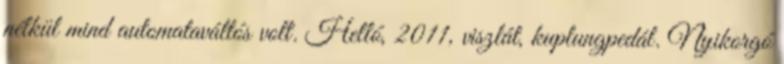
nélkül mind automataváltós volt. Helló, 2011, viszlát, kuplungpedál. Nyikorgó